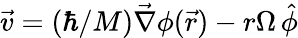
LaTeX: \vec{v}=(\hbar/M)\vec{\nabla}\phi(\vec{r})-r\Omega\, \hat{\phi}